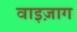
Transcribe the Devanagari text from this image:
वाइज़ाग